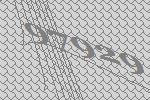
97929